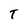
Character: T